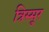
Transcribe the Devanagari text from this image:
त्रिस्सूर